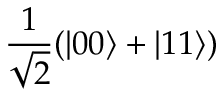
\frac { 1 } { \sqrt { 2 } } ( | 0 0 \rangle + | 1 1 \rangle )